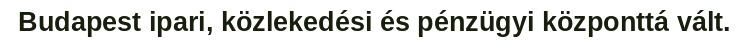
Budapest ipari, közlekedési és pénzügyi központtá vált.